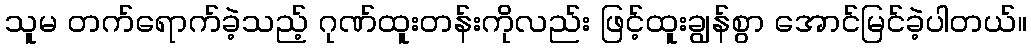
သူမ တက်ရောက်ခဲ့သည့် ဂုဏ်ထူးတန်းကိုလည်း ဖြင့်ထူးချွန်စွာ အောင်မြင်ခဲ့ပါတယ်။